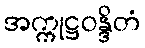
အက္ကုဋ္ဌဝန္ဒိတံ